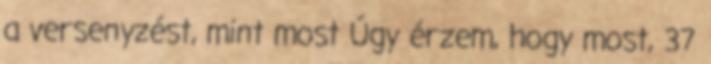
a versenyzést, mint most Úgy érzem, hogy most, 37